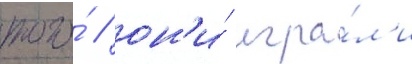
того́ / он'и́ игра́л'и